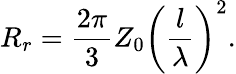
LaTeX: R_{r}={\frac{2\pi}{3}}Z_{0}\left({\frac{l}{\lambda}}\right)^{2}.